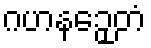
ဂဟနဉှေတံ